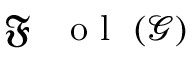
{ \mathfrak { F } \mathrm { ~ \textbf ~ { ~ o ~ l ~ } ~ } } ( \mathcal { G } )